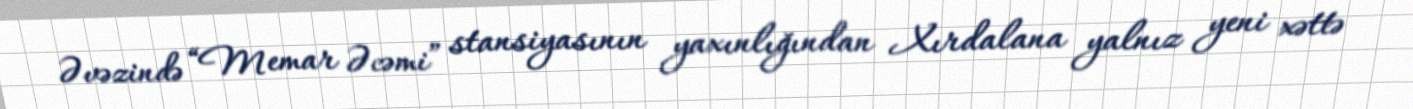
Əvəzində “Memar Əcəmi” stansiyasının yaxınlığından Xırdalana yalnız yeni xəttə